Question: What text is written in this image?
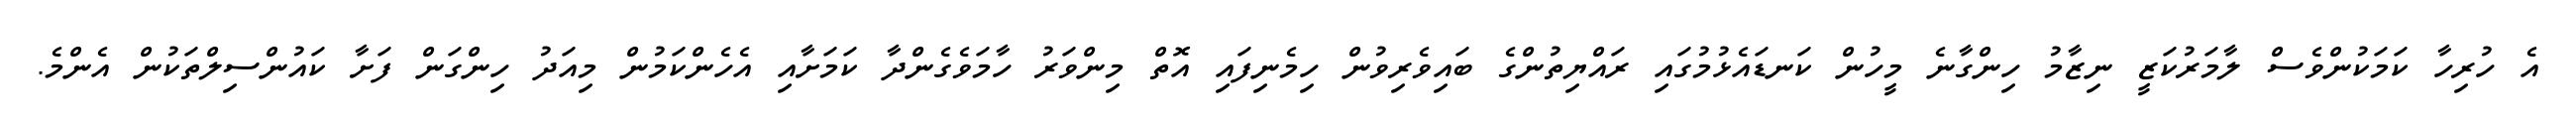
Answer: އެ ހުރިހާ ކަމަކުންވެސް ލާމަރުކަޒީ ނިޒާމު ހިންގާނެ މީހުން ކަނޑައެޅުމުގައި ރައްޔިތުންގެ ބައިވެރިވުން ހިމެނިފައި އޮތް މިންވަރު ހާމަވެގެންދާ ކަމަށާއި އެހެންކަމުން މިއަދު ހިންގަން ފަށާ ކައުންސިލްތަކުން އެންމެ.